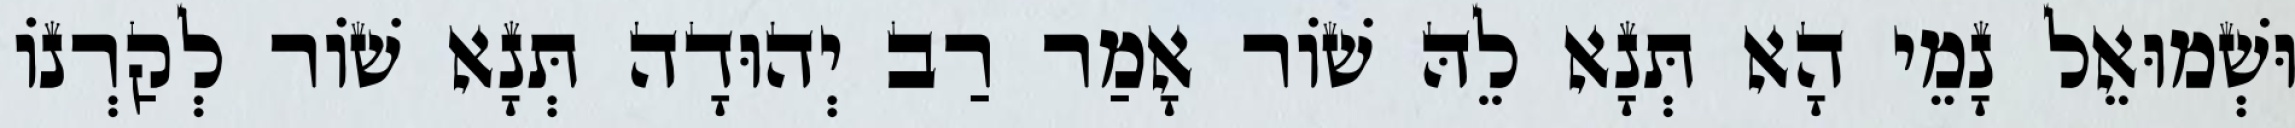
וּשְׁמוּאֵל נָמֵי הָא תְּנָא לֵהּ שׁוֹר אָמַר רַב יְהוּדָה תְּנָא שׁוֹר לְקַרְנוֹ